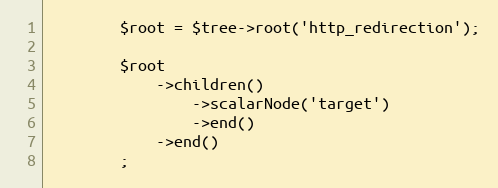
Language: PHP
        $root = $tree->root('http_redirection');

        $root
            ->children()
                ->scalarNode('target')
                ->end()
            ->end()
        ;